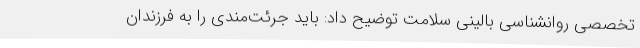
تخصصی روانشناسی بالینی سلامت توضیح داد: باید جرئت‌مندی را به فرزندان